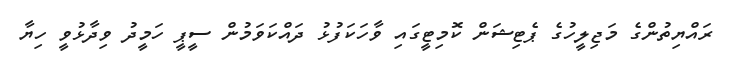
ރައްޔިތުންގެ މަޖިލީހުގެ ޕެޓިޝަން ކޮމިޓީގައި ވާހަކަފުޅު ދައްކަވަމުން ސީޕީ ހަމީދު ވިދާޅުވީ ހިޔާ